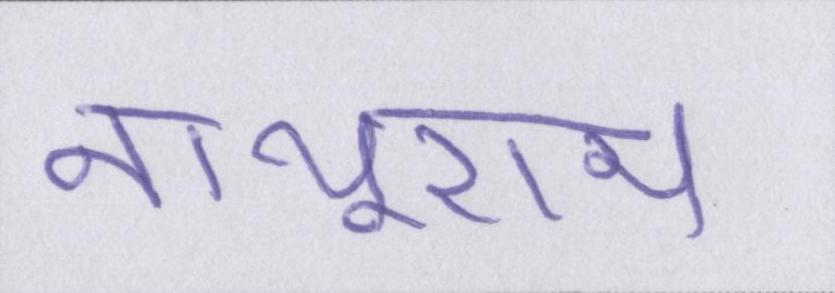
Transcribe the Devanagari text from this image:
नाथूराम